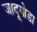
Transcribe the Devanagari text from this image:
जादूगोडा